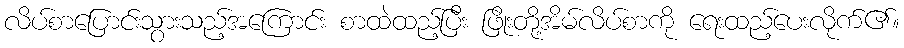
လိပ်စာပြောင်းသွားသည့်အကြောင်း စာထဲထည့်ပြီး ဖြိုးတို့အိမ်လိပ်စာကို ရေးထည့်ပေးလိုက်၏။